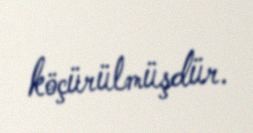
köçürülmüşdür.